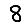
Digit: 8